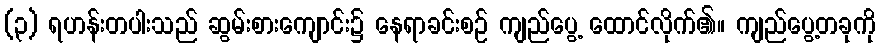
(၃) ရဟန်းတပါးသည် ဆွမ်းစားကျောင်း၌ နေရာခင်းစဉ် ကျည်ပွေ့ ထောင်လိုက်၏။ ကျည်ပွေ့တခုကို